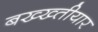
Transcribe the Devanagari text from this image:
बख्ख्तीयार